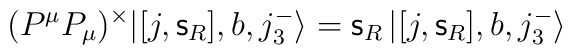
(P^\mu P_\mu)^{\times} |[j,{\mathsf s}_R],b,j_3 ^-\rangle      ={\mathsf s}_R \, |[j,{\mathsf s}_R],b,j_3 ^-\rangle